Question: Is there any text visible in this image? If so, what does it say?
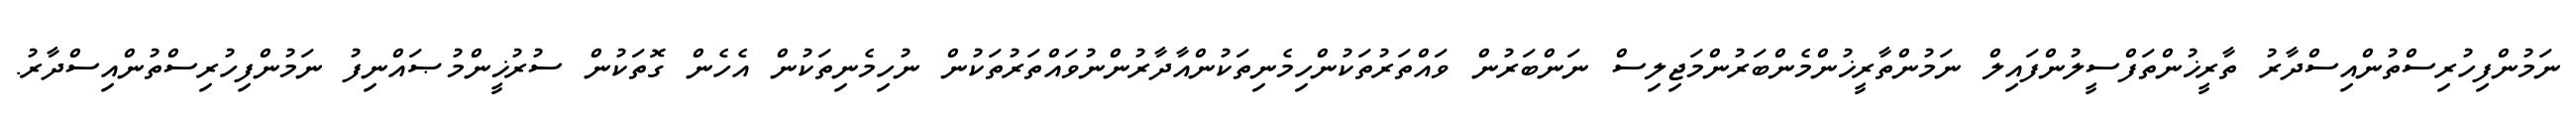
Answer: ނަމުންފިހުރިސްތުންއިސްދާރު ތާރީޚުންތަފްސީލުންފައިލް ނަމުންތާރީޚުންމެންބަރުންމަޖިލިސް ނަންބަރުން ވައްތަރުތަކުންހިމެނިތަކުންއާދާރުންނުވައްތަރުތަކުން ނުހިމެނިތަކުން އެހެން ގޮތަކުން ސުރުޚީންމުޞައްނިފު ނަމުންފިހުރިސްތުންއިސްދާރު.